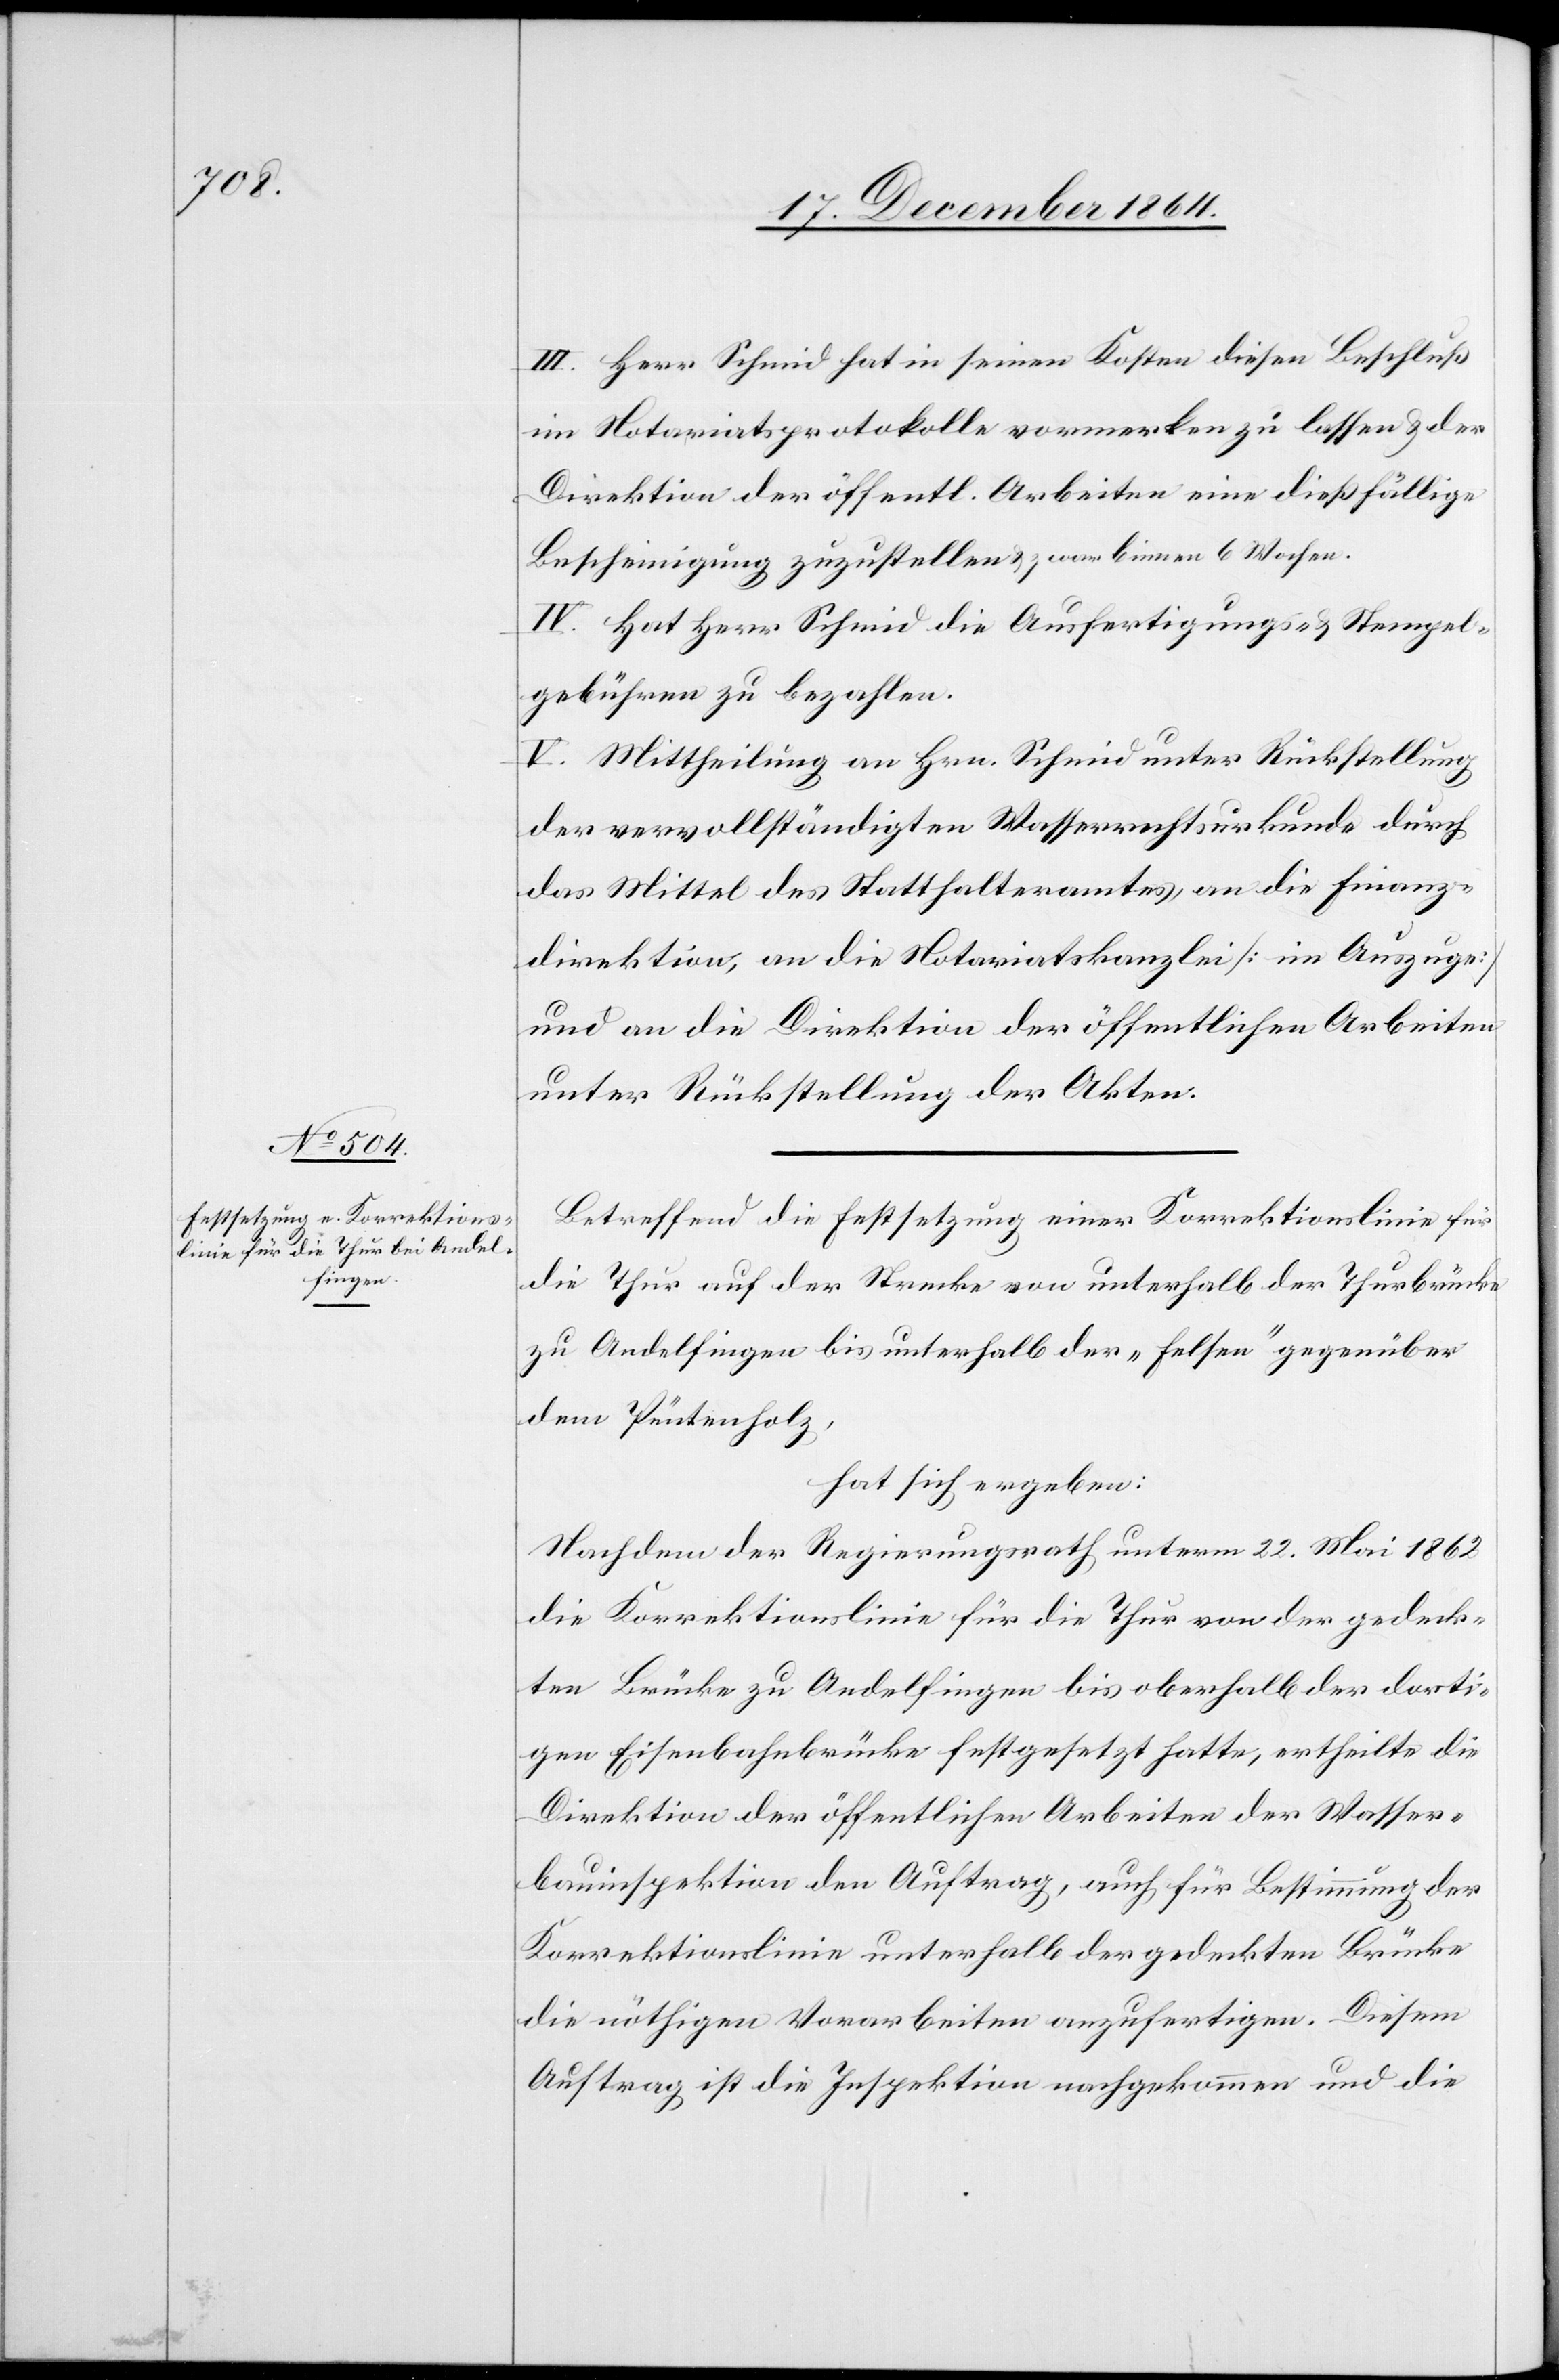
III. Herr Schmid hat in seinen Kosten diesen Beschluß
im Notariatsprotokoll vormerken zu lassen & der
Direktion der öffentl. Arbeiten eine dießfällige
Bescheinigung zuzustellen & zwar binnen 6 Wochen.
IV. Hat Herr Schmid die Ausfertigungs- & Stempel¬
gebühren zu bezahlen.
V. Mittheilung an Hrn. Schmid unter Rückstellung
der vervollständigten Wasserrechtsurkunde durch
das Mittel des Statthalteramtes, an die Finanz¬
direktion, an die Notariatskreis [im Auszuge]
und an die Direktion der öffentlichen Arbeiten
unter Rückstellung der Akten.
Betreffend die Festsetzung einer Korrektionslinie für
die Thur auf der Strecke von unterhalb der Thurbrücke
zu Andelfingen bis unterhalb der „Felsen“ gegenüber
dem Püntenholz,
hat sich ergeben:
Nachdem der Regierungsrath unterm 22. Mai 1862
die Korrektionslinie für die Thur von der gedeck¬
ten Brücke zu Andelfingen bis oberhalb der dorti¬
gen Eisenbahnbrücke festgesetzt hatte, ertheilte die
Direktion der öffentlichen Arbeiten der Wasser¬
bauinspektion den Auftrag, auch für Bestimmung der
Korrektionslinie unterhalb der gedeckten Brücke
die nöthigen Vorarbeiten anzufertigen. Diesem
Auftrag ist die Inspektion nachgekommen und die